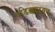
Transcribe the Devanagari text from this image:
पडिक्कादवन